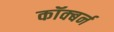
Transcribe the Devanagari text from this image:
कॉक्बर्न